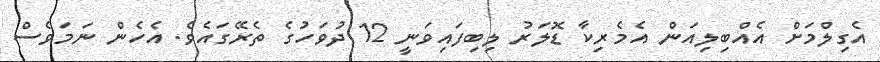
އެގިލްމަށް އެއްބިލިއަން އެމެރިކާ ޑޮލަރު ލިބިފައިވަނީ 12 ދުވަހުގެ ތެރޭގައެވެ. އެހެން ނަމަވެސް